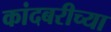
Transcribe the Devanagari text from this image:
कांदबरीच्या